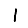
Digit: 1